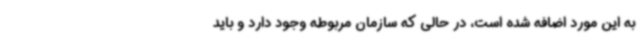
به این مورد اضافه شده است، در حالی ‌که سازمان مربوطه وجود دارد و باید